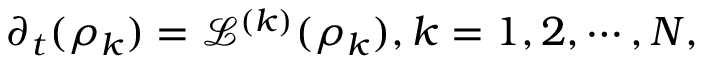
\partial _ { t } ( \rho _ { k } ) = \mathcal { L } ^ { ( k ) } ( \rho _ { k } ) , k = 1 , 2 , \cdots , N ,